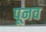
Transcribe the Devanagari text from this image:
पूनव